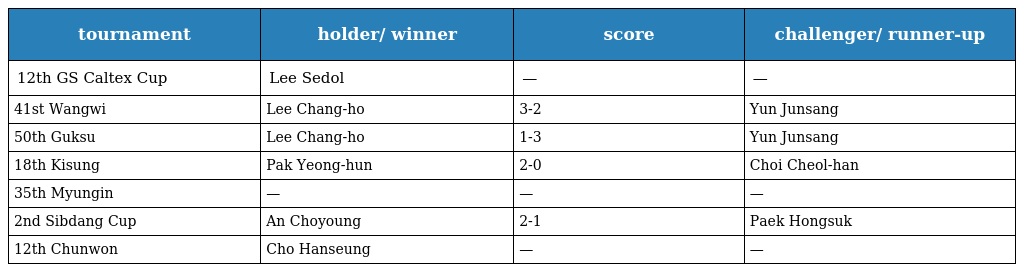
| tournament | holder/ winner | score | challenger/ runner-up |
 | --- | --- | --- | --- |
 | 12th GS Caltex Cup | Lee Sedol | — | — |
 | 41st Wangwi | Lee Chang-ho | 3-2 | Yun Junsang |
 | 50th Guksu | Lee Chang-ho | 1-3 | Yun Junsang |
 | 18th Kisung | Pak Yeong-hun | 2-0 | Choi Cheol-han |
 | 35th Myungin | — | — | — |
 | 2nd Sibdang Cup | An Choyoung | 2-1 | Paek Hongsuk |
 | 12th Chunwon | Cho Hanseung | — | — |